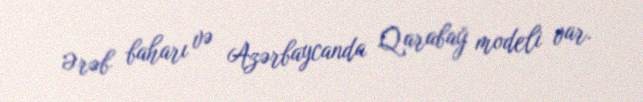
Ərəb baharı və Azərbaycanda Qarabağ modeli var.